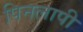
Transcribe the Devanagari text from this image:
पिनलापी